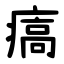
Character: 㾸